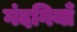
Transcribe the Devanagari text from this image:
गंदगियाँ